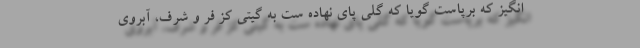
انگیز که برپاست گویا که گلی پای نهاده ست به گیتی کز فرّ و شرف، آبروی